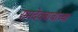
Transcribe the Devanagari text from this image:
रामदेवबाबांच्या